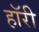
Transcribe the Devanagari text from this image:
हॉरी